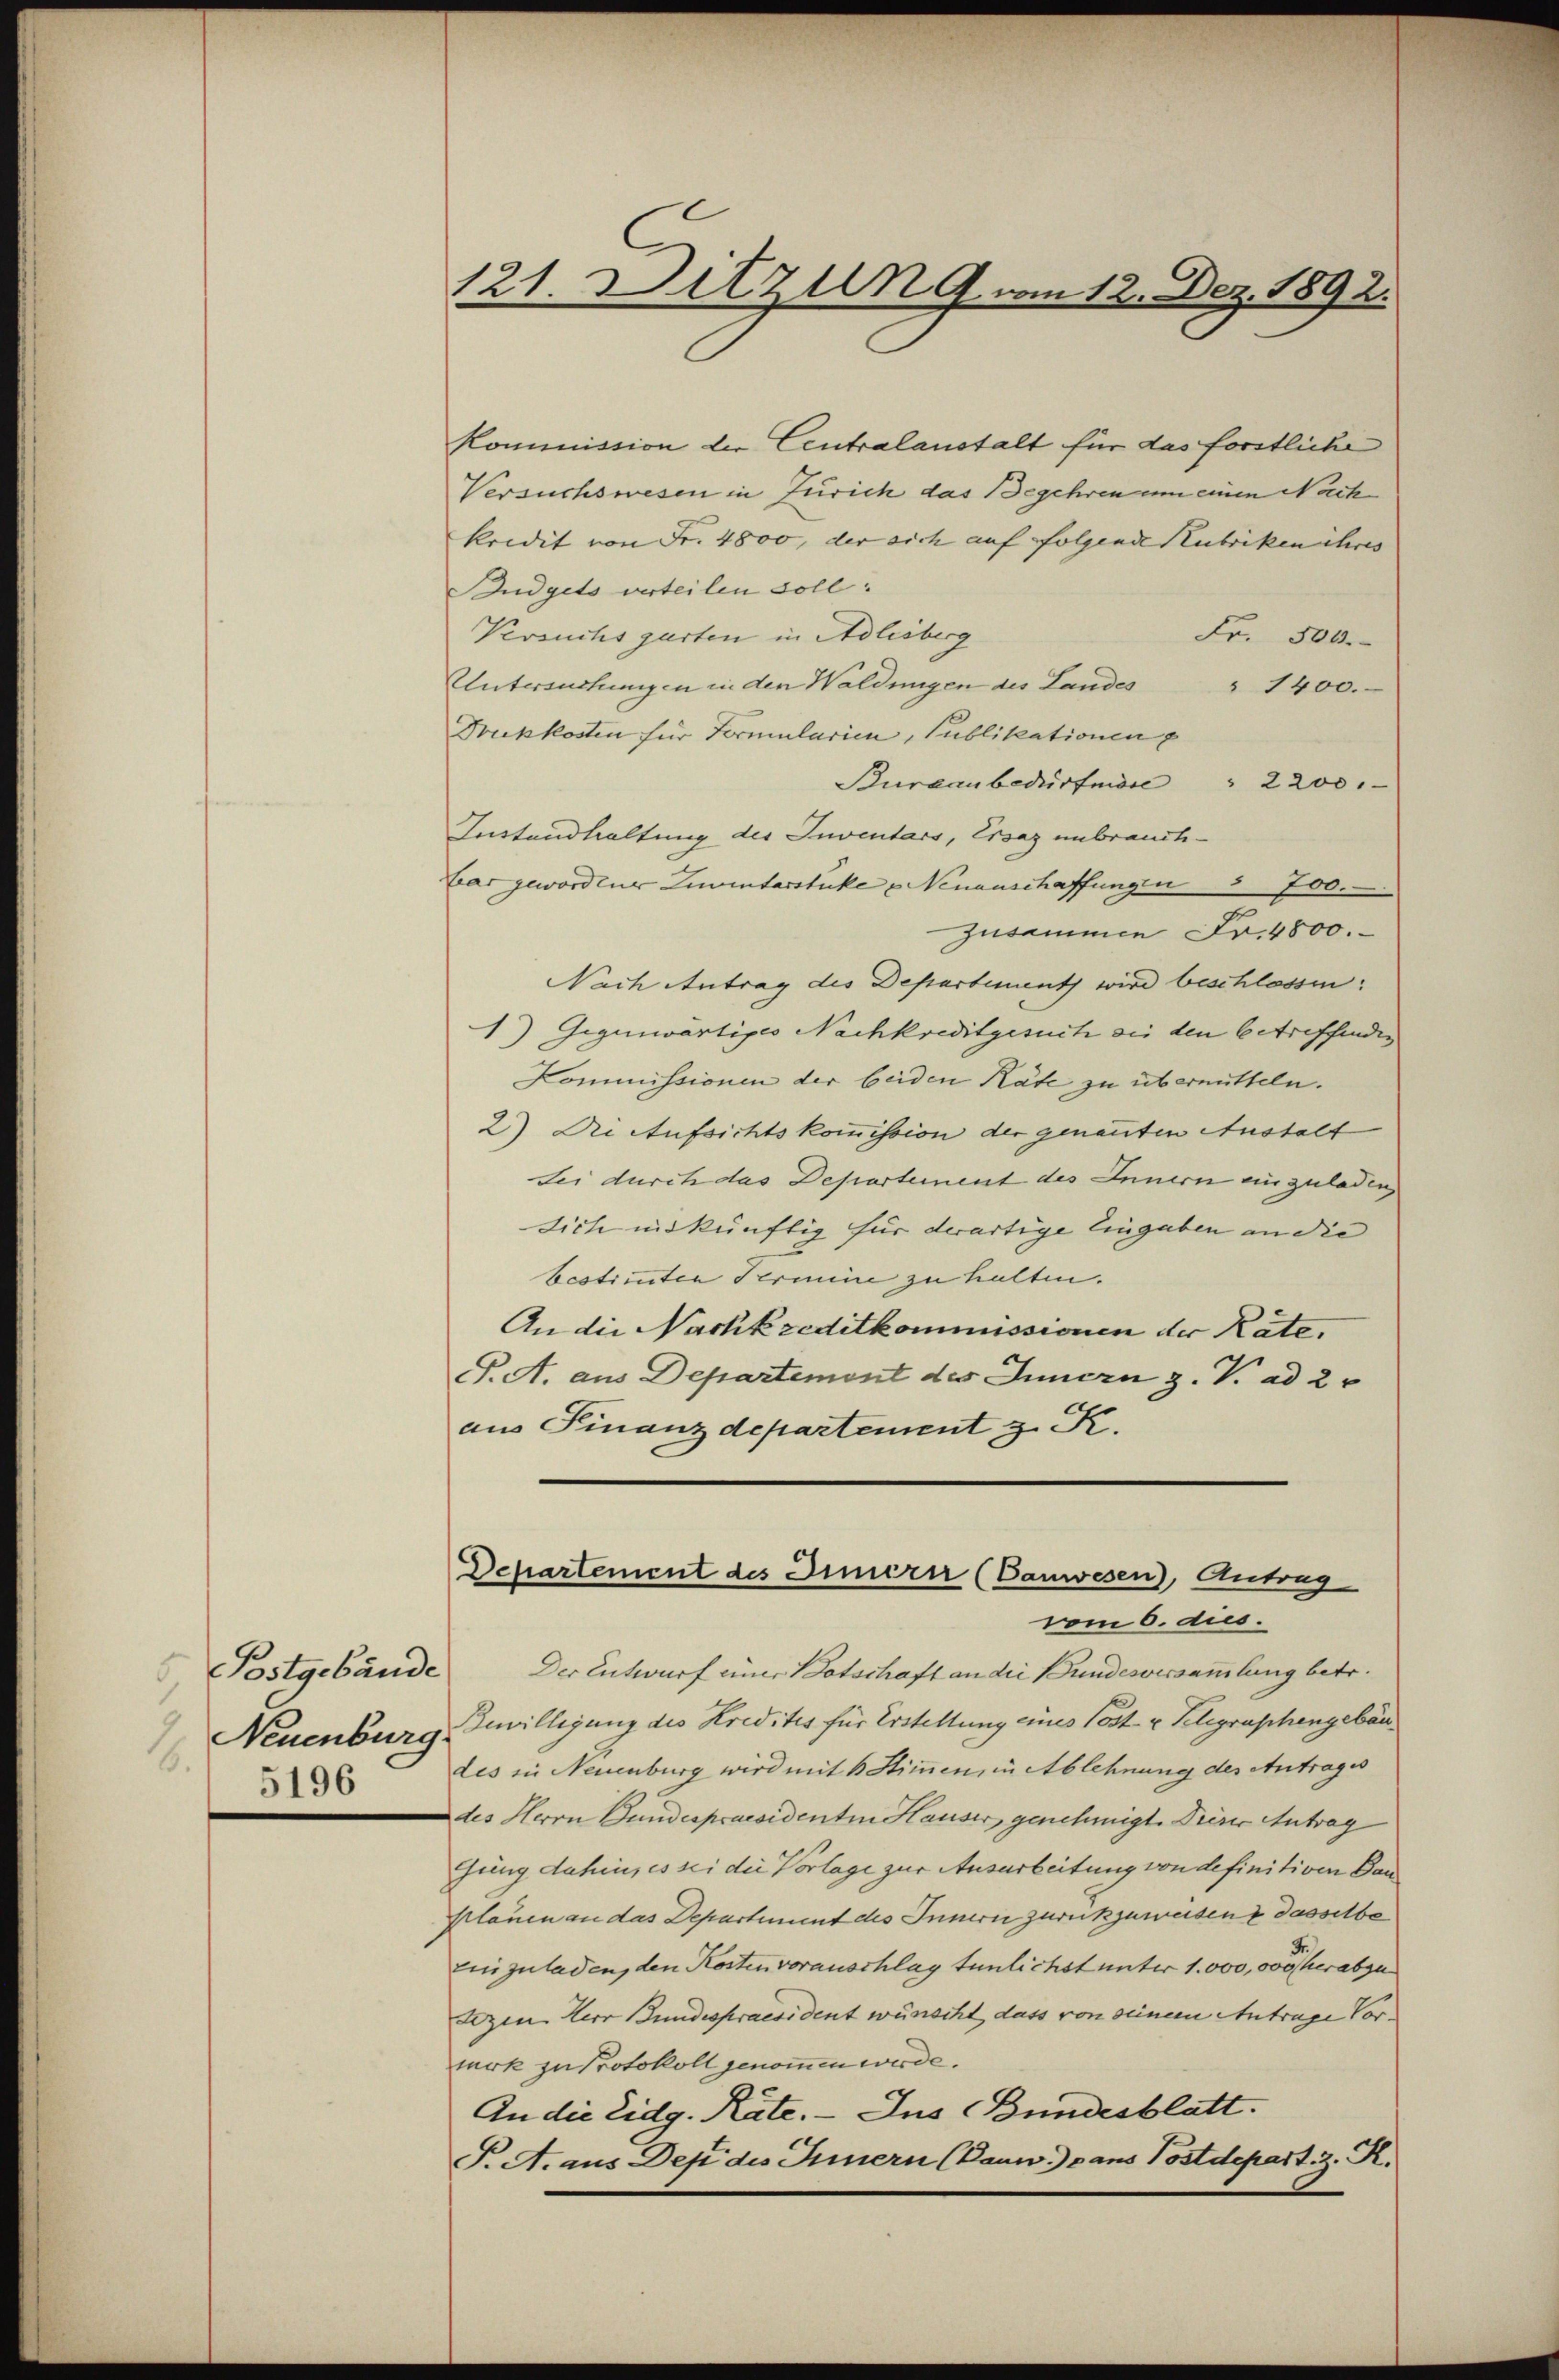
Postgebäude
Neuenburg
.
5196

121. Ditzung vom 12. Dez. 1892.

Kommission der Centralanstalt für das forstliche
Versuchswesen in Zürich das Begehren am einen Nach
kridit von Fr. 4800, der sich auf folgende Rubriken ihres
Budgets verteilen soll:
Versuchs garten in Adlisberg
Fr. 500.
Untersuchungen in den Waldungen des Landes " 1400.
Druckkosten für Formularien, Publikationen
Bureau bedürfnisse        "  2200.
Instandhaltung des Inventars, Ersaz unbrauchbar gewordener Limentarsticke u Neuanschaffungen 3 700.
Zusammen Fr. 4800.
Nach Antrag des Departement wird beschlossen:
1) Gegenwartiges Nachkreditgesuch sei den betreffenden
Kommissionen der beiden Räte zu übermitteln.
2) Die Aufsichtskommission der genannten Anstalt
Sei durch das Departement des Innern einzuladen,
sich nur künftig für derartige Eingaben an die
bestituten Termine zu halten.
An die Nachkreditkommissionen der Räte,
S. A. aus Departement des Innern z. V. ad 2
aus Finanzdepartement z. K.

Departement des Innern (Vanwesen), Antrag
vom 6. aus.

Der Entwurf einer Botschaft an die Bundesversammlung betr.
Bewilligung des Kredites für Erstellung eines Post u. Telegraphengebäudes in Neuenburg wird mit 6 Stimmen, in Ablehnung des Antrages
des Herrn Bundespraesidentin Hauser genehmigt. Dieser Antrag
Gung dahin, es sei die Vorlage zur Ausarbeitung von definitiven Bauplanen an das Departement des Innern zurückzuweisen & dasselbe
Einzuladen, den Kosten vorauschlag tunlichst unter 1. 000,000 herabge
tezen Herr Bundespraesident wünscht, dass von seinem Antrage Vor-
werk zu Protokoll genomen werde.
An die Eidg. Räte. - Ins Bundesblatt.
T. A. aus-Dep des Innern (Danw.) dans Postdepart. 2. R.